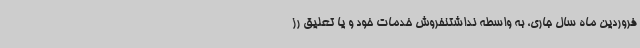
فروردین ماه سال جاری، به واسطه نداشتنفروش خدمات خود و یا تعلیق رز